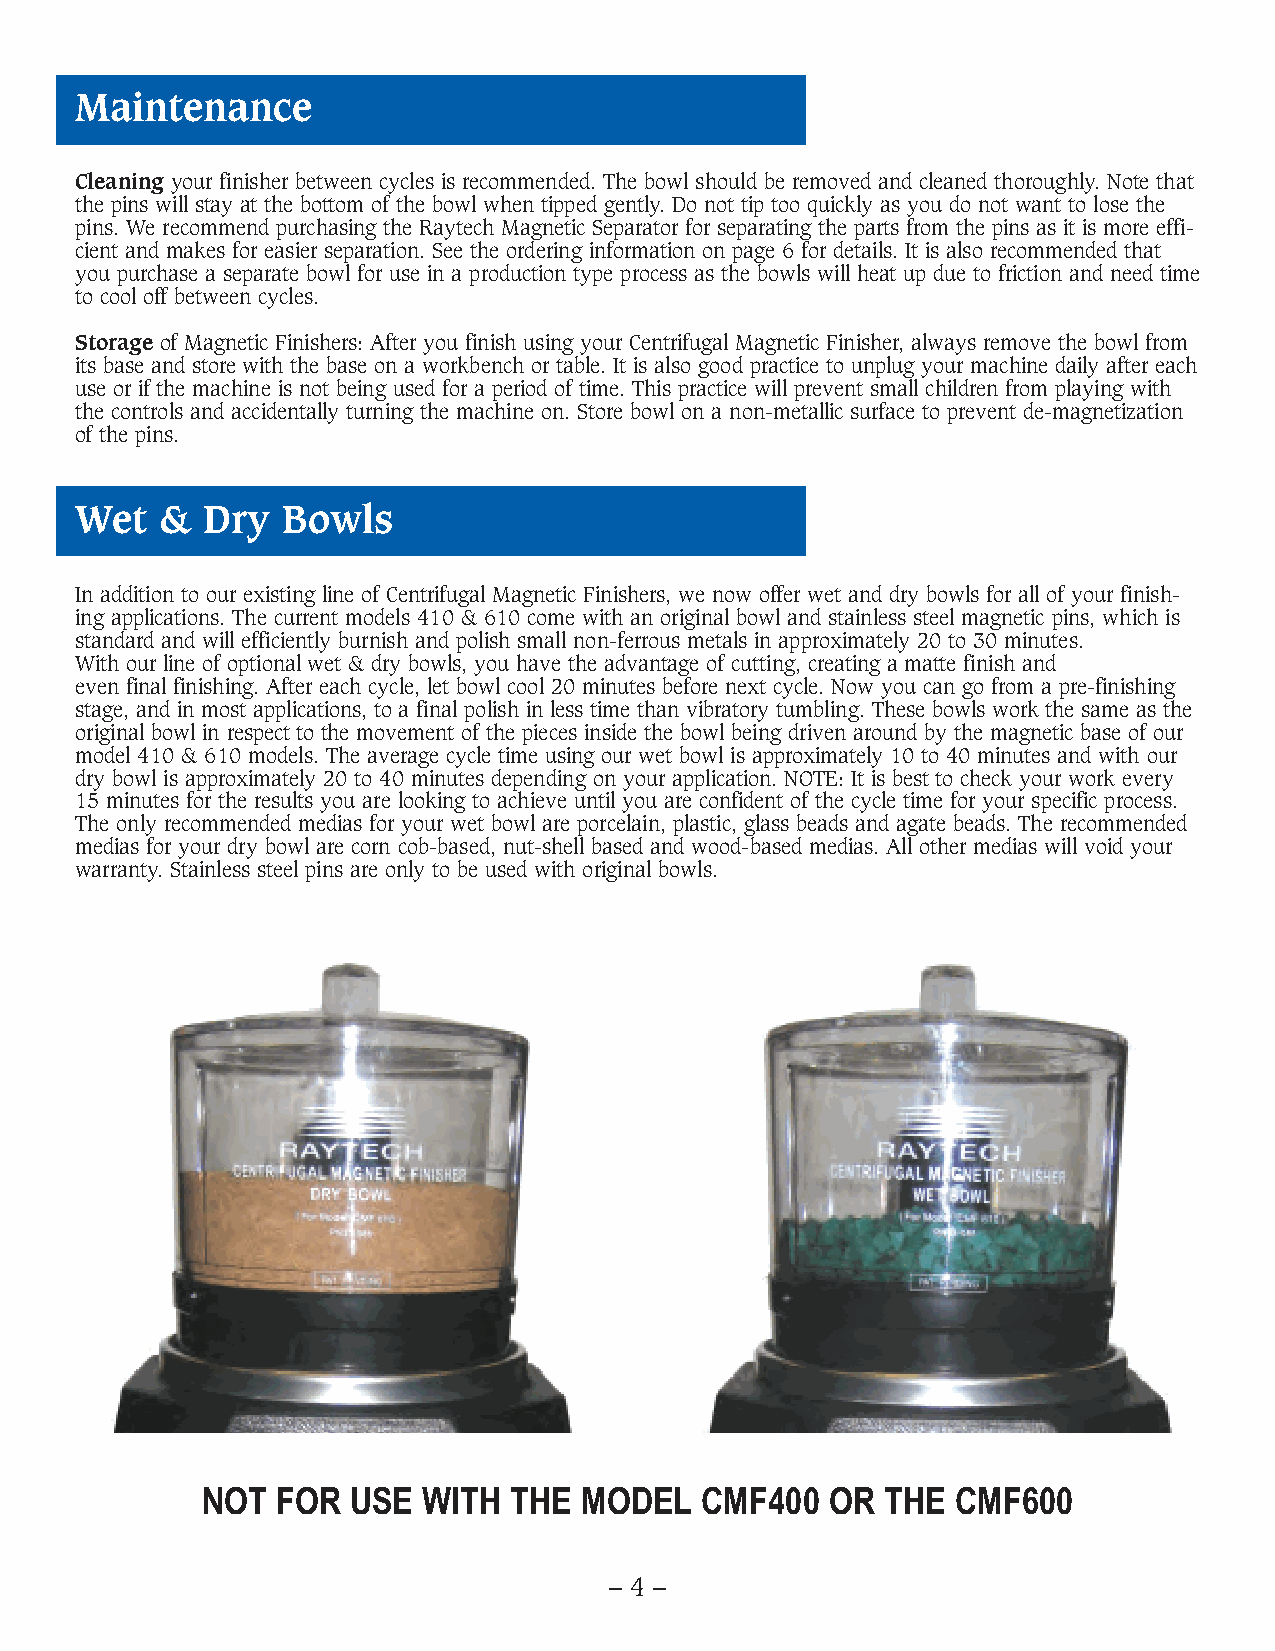
Maintenance
 Cleaning your finisher between cycles is recommended. The bowl should be removed and cleaned thoroughly. Note that
 the pins will stay at the bottom of the bowl when tipped gently. Do not tip too quickly as you do not want to lose the
 pins. We recommend purchasing the Raytech Magnetic Separator for separating the parts from the pins as it is more effi-
 cient and makes for easier separation. See the ordering information on page 6 for details. It is also recommended that
 you purchase a separate bowl for use in a production type process as the bowls will heat up due to friction and need time
 to cool off between cycles.
 Storage of Magnetic Finishers: After you finish using your Centrifugal Magnetic Finisher, always remove the bowl from
 its base and store with the base on a workbench or table. It is also good practice to unplug your machine daily after each
 use or if the machine is not being used for a period of time. This practice will prevent small children from playing with
 the controls and accidentally turning the machine on. Store bowl on a non-metallic surface to prevent de-magnetization
 of the pins.
 Wet   & Dry   Bowls
 In addition to our existing line of Centrifugal Magnetic Finishers, we now offer wet and dry bowls for all of your finish-
 ing applications. The current models 410 & 610 come with an original bowl and stainless steel magnetic pins, which is
 standard and will efficiently burnish and polish small non-ferrous metals in approximately 20 to 30 minutes.
 With our line of optional wet & dry bowls, you have the advantage of cutting, creating a matte finish and
 even final finishing. After each cycle, let bowl cool 20 minutes before next cycle. Now you can go from a pre-finishing
 stage, and in most applications, to a final polish in less time than vibratory tumbling. These bowls work the same as the
 original bowl in respect to the movement of the pieces inside the bowl being driven around by the magnetic base of our
 model 410 & 610 models. The average cycle time using our wet bowl is approximately 10 to 40 minutes and with our
 dry bowl is approximately 20 to 40 minutes depending on your application. NOTE: It is best to check your work every
 15 minutes for the results you are looking to achieve until you are confident of the cycle time for your specific process.
 The only recommended medias for your wet bowl are porcelain, plastic, glass beads and agate beads. The recommended
 medias for your dry bowl are corn cob-based, nut-shell based and wood-based medias. All other medias will void your
 warranty. Stainless steel pins are only to be used with original bowls.
 NOT  FOR  USE  WITH  THE  MODEL  CMF400   OR  THE CMF600
 – 4 –